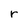
Character: r